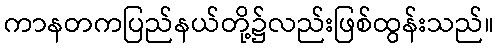
ကာနတကပြည်နယ်တို့၌လည်းဖြစ်ထွန်းသည်။